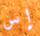
إس